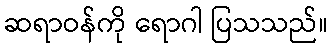
ဆရာဝန်ကို ရောဂါ ပြသသည်။